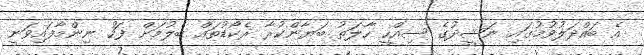
އެ ބައްދަލުވުމުގައި ނަޝީދުގެ ސިއްހީ ހާލަތު ބަޔާންކުރާ ރެކޯޑުތައް ބެލުމަށް ފަހު ނިންމާފައިވަނީ